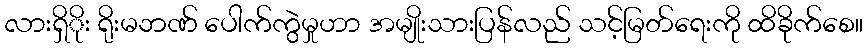
လားရှိိုး ရိုးမဘဏ် ပေါက်ကွဲမှုဟာ အမျိုးသားပြန်လည် သင့်မြတ်ရေးကို ထိခိုက်စေ။